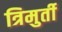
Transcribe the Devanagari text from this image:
त्रिमुर्ती